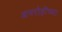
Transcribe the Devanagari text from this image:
अमरोहींच्या